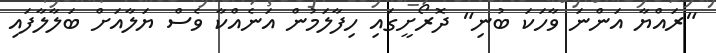
"ރައްޔާ އަންނަ ވާހަކަ ބުނި" ދޮރޯށީގައި ހިފާލަމުން އަނެއްކާ ވެސް ޔަލާއަށް ބަލާލާފައި